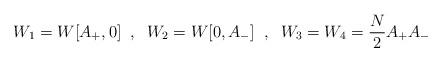
LaTeX: \begin{align*}W_1=W[A_+,0]\;\; ,\;\; W_2=W[0,A_-]\;\; ,\;\; W_3=W_4={N\over 2}A_+A_-\end{align*}